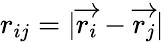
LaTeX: r_{ij}=|\overrightarrow{r_{i}}-\overrightarrow{r_{j}}|